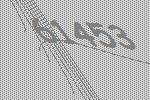
61453